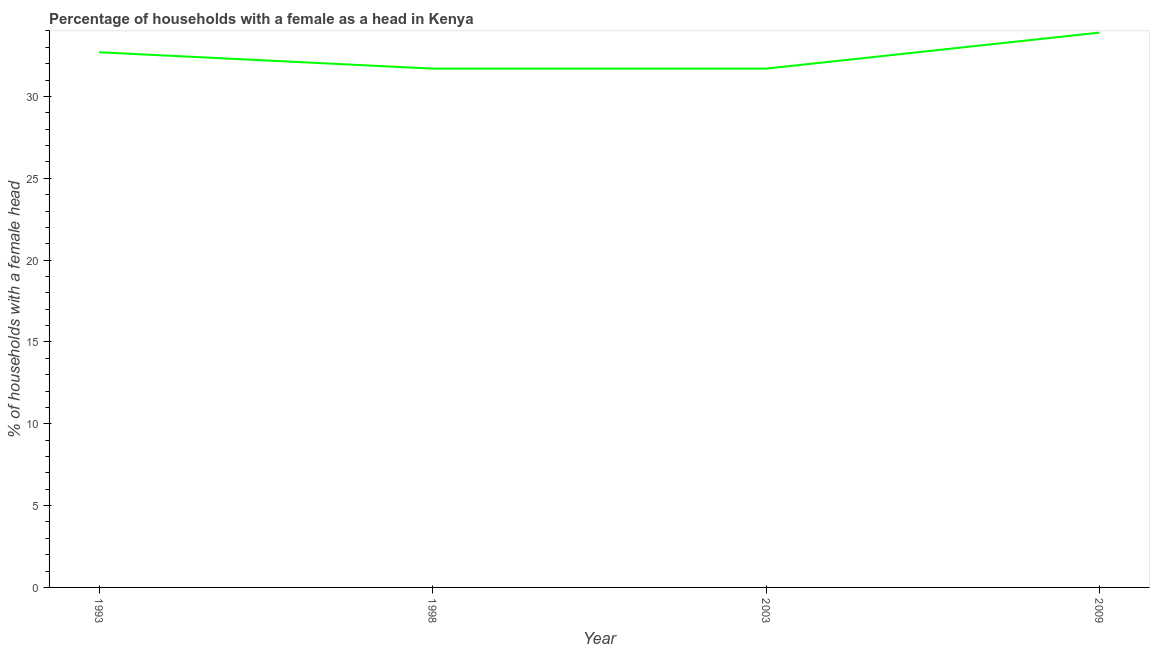
| Year | Female headed households |
 | --- | --- |
 | 1993 | 32.7 |
 | 1998 | 31.7 |
 | 2003 | 31.7 |
 | 2009 | 33.9 |